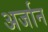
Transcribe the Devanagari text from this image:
अर्जान